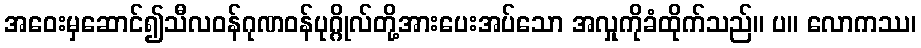
အဝေးမှဆောင်၍သီလဝန်ဂုဏဝန်ပုဂ္ဂိုလ်တို့အားပေးအပ်သော အလှုကိုခံထိုက်သည်။ ပ။ လောကဿ၊